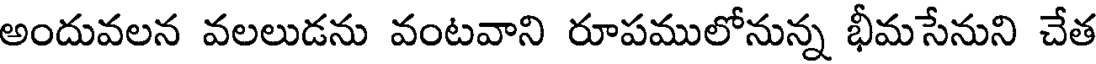
అందువలన వలలుడను వంటవాని రూపములోనున్న భీమసేనుని చేత